Medical and sanitary report of the native army of Bengal for the year
Year: 1877
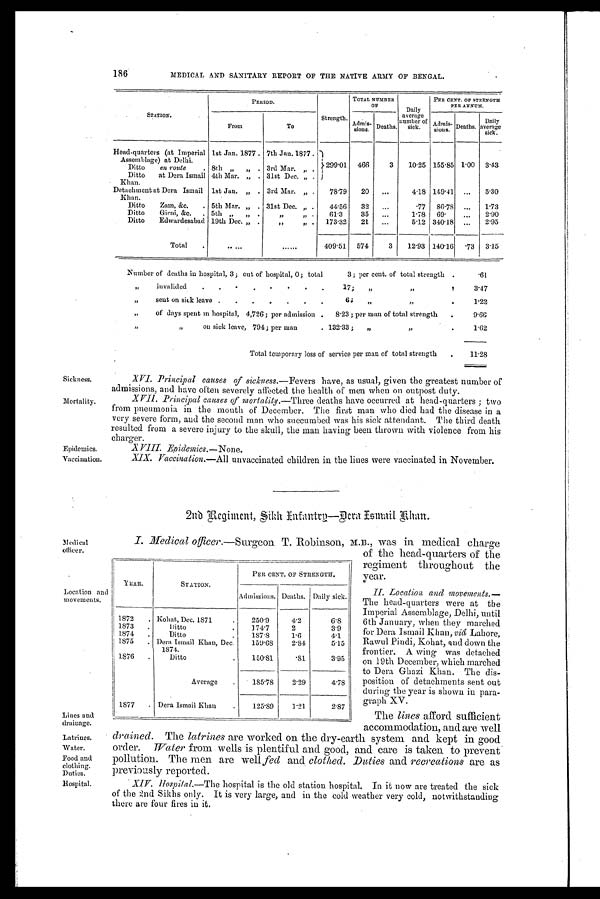
Medical
officer.
Lines and
drainage.
Latrines.
Water.
Food and
clothing.
Duties.
Hospital.
Location and
movements.
186
MEDICAL AND SANITARY REPORT OF THE NATIVE ARMY OF BENGAL.
STATION.
PERIOD.
Strength.
TOTAL NUMBER
OF
Daily
average
number of
sick.
PER CENT. OF STRENGTH
PER ANNUM.
From
To
Admis-
sions.
Deaths.
Admis - sions. Deaths.
Daily
average
sick.
Head-quarters (at Imperial 1st Jan. 1877 . 7th Jan. 1877 .
Assemblage) at Delhi.
299.01
466
3
10.25 155.85 1.00
3.43
Ditto
en route
. 8th „
„
. 3rd Mar. ,, . ,
Ditto
at Dora Ismail 4th Mar. „ . 31st Dec. „ .
Khan.
Detachment at Dera Ismail
1st Jan.
„
. 3rd Mar. „ .
78.79
20
...
4.18 149 . 41
„
5.30
Khan.
Ditto
Zam, &c.
. 5th Mar. „ . 31st Dec. „ .
44.56
32
...
.77
86 .78
...
1.73
Ditto
Girni, &.c.
. 5th „
„ .
„ „
.
61.3
35
...
1.78
69.
...
2.90
Ditto
Edwardesabad 19th Dec. „ .
„
.
173 . 32
21
...
5.12 340.18
...
2.95
Total
.
. . . . .
......
409.51
574
3
12.93 140 . 16
. 7 3 3.15
Number of deaths in hospital, 3; out of hospital, 0; total
3; per cent. of total strength
.
.61
„
invalided
.
. . .
.
.
.
,
17;
„
,,
.
3.47
„
sent on sick leave .
.
.
.
.
.
.
6;
„
„
.
1.22
„
of days spent in hospital, 4,726 ; per admission .
8.23 ; per man of total strength
.
9.66
„ „
on sick leave, 791; per man
. 132 . 33;
„
„
.
1.62
Total temporary loss of service per man of total strength
.
11.28
Sickness.
Epidemics.
Vaccination.
XVI.
Principal causes of sickness.— Fevers have, as usual, given the greatest number of
admissions, and have often severely affected the health of men when on outpost duty.
XVII.
Principal causes of mortality.— Three deaths have occurred at head-quarters ; two
from pneumonia in the mouth of December. The first man who died had the disease in a
very severe form, and the second man who succumbed was his sick attendant. The third death
resulted from a severe injury to the skull, the man having been thrown with violence from his
charger.
XVIII. Epidemics.—None.
XIX. Vaccination.—All unvaccinated children in the lines were vaccinated in November.
2nb Regiment, Sik Infantry—Dera Ismail Khan.
I. Medical officer .—Surgeon T. Robinson, M.B., was in medical charge
of the head-quarters of the
regiment throughout the
year.
I I . L o c a t i o n a n d m o v e m e n t s .
The head-quarters were at the
Imperial Assemblage, Delhi, until
6th January, when they marched
for Dera Ismail Khan, viâ Lahore,
Rawal Pindi, Pohat, and down the
frontier. A wing was detached
on 19th December, which marched
to Dera Ghazi Khan. The dis-
position of detachments sent out
during the year is shown in para-
graph XV.
The lines afford sufficient
accommodation, and are well
drained. The latrines are worked on the dry-earth system and kept in good
order. Water from wells is plentiful and good, and care is taken to prevent
pollution. The men are Well fed and clothed. Duties and recreations are as
previously reported.
XIV. Hospital—The hospital is the old station hospital. In it now are treated the sick
of the 2nd Sikhs only. It is very large, and in the cold weather very cold, notwithstanding
there are four fires in it.
YEAR.
STATION.
PER CENT. OF STRENGTH.
Admissions. Deaths. Daily sick.
1872
. Kohat, Dec. 1871
.
250.9
4.2
6.S
1873
.
Ditto
.
174.7
2
3.9
1874
.
Ditto
.
187.8
1.6
4.1
1875
. Dera Ismail Khan, Dec.
1874.
159.68
2.84
5.15
1876
.
Ditto
.
150.81
.81
3.95
Average
.
185.78
2.29
4.78
1877
. Dera Ismail Khan
.
125.89
1.21
2.87